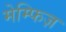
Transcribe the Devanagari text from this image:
मेम्फिज़